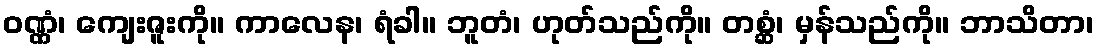
ဝဏ္ဏံ၊ ကျေးဇူးကို။ ကာလေန၊ ရံခါ။ ဘူတံ၊ ဟုတ်သည်ကို။ တစ္ဆံ၊ မှန်သည်ကို။ ဘာသိတာ၊